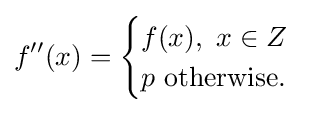
f''(x)={\begin{cases}f(x),\ x\in Z\\p{\text{ otherwise.}}\end{cases}}